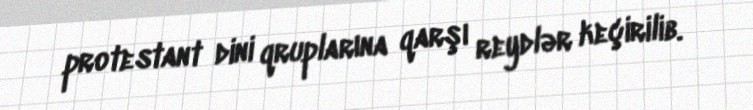
protestant dini qruplarına qarşı reydlər keçirilib.